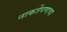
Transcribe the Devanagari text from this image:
नाकर्तेपणाचा